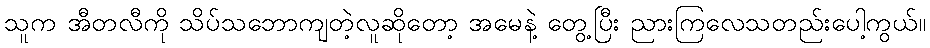
သူက အီတလီကို သိပ်သဘောကျတဲ့လူဆိုတော့ အမေနဲ့ တွေ့ပြီး ညားကြလေသတည်းပေါ့ကွယ်။